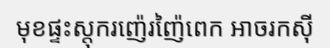
មុខផ្ទះស្តុករញ៉េរញ៉ៃពេក អាចរកស៊ី